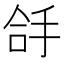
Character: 㧱